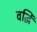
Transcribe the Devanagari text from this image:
वर्द्धि